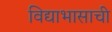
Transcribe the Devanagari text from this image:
विद्याभासाची